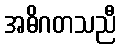
အဓိဂတသညီ